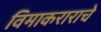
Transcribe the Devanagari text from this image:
विमाकराराचे